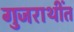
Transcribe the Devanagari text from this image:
गुजराथींत